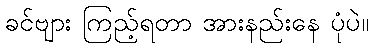
ခင်ဗျား ကြည့်ရတာ အားနည်းနေ ပုံပဲ။